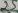
Text: 25